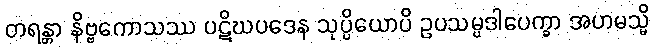
တရန္တာ နိဗ္ဗကောသဿ ပဋိဃပဒေန သုပ္ပိယောပိ ဥပသမ္ပဒါပေက္ခာ အဟမသ္မိ